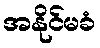
အနိုင်မခံ